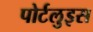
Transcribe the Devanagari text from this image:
पोर्टलुइस